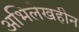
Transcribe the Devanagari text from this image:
अभिलेखहीन